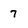
Character: 7